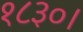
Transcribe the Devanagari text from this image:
१८३०।